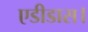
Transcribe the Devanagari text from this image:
एडीडास।